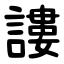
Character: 謱